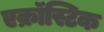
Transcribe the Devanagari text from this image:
एक्रॉस्टिक